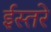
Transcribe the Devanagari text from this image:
ईस्तरे